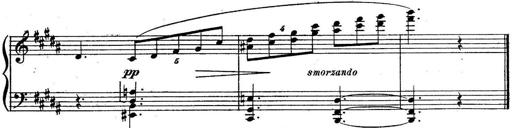
Title: Sonatine
Composer: Adrian Shaposhnikov
Key: E minor